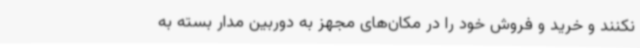
نکنند و خرید و فروش خود را در مکان‌های مجهز به دوربین مدار بسته به